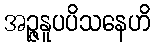
အဉ္ဇနူပပိသနေဟိ